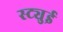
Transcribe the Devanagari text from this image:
स्ट्युई